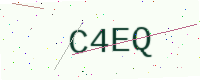
Text: C4EQ